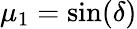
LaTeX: \mu_{1}=\sin(\delta)